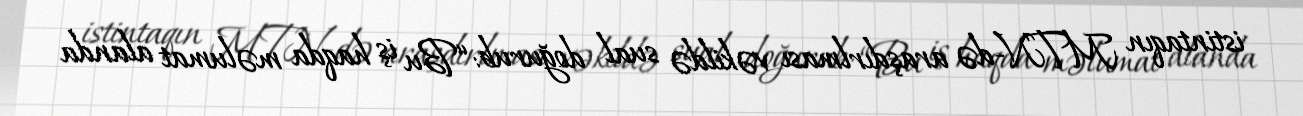
istintaqın MTN-də araşdırlması vəkildə sual doğurub: “Bu iş haqda məlumat alanda